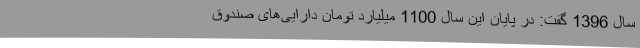
سال 1396 گفت: در پایان این سال 1100 میلیارد تومان دارایی‌های صندوق